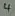
Text: 4